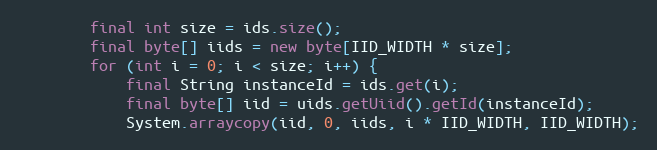
Language: Java
        final int size = ids.size();
        final byte[] iids = new byte[IID_WIDTH * size];
        for (int i = 0; i < size; i++) {
            final String instanceId = ids.get(i);
            final byte[] iid = uids.getUiid().getId(instanceId);
            System.arraycopy(iid, 0, iids, i * IID_WIDTH, IID_WIDTH);